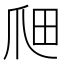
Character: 𤔉